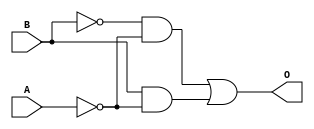
module mux_impl(A,B,O);
input A,B;
output O;
wire I0,I1;
assign I0=~A;
assign I1=~A;
assign O=(((~B)&(I0))|((B)&(I1)));
endmodule
module mux_impl_tb;
reg A,I0,I1,B;
wire O;
mux_impl i1(A,B,O);
initial begin
    A=0;B=0;
    $monitor("Time:%0t, A=%b, B=%b, O=%b", $time,A,B,O);
    #10 A=0;B=1;
    #10 A=1;B=0;
    #10 A=1;B=1;
end
endmodule